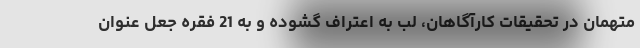
متهمان در تحقیقات کارآگاهان، لب به اعتراف گشوده و به 21 فقره جعل عنوان